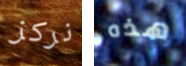
نركز هذه